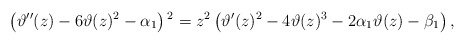
\begin{align*}\left(\vartheta''(z)-6 \vartheta(z)^2-\alpha_1\right){}^2=z^2 \left( \vartheta'(z)^2-4 \vartheta(z)^3-2\alpha_1 \vartheta(z)-\beta_1\right),\end{align*}